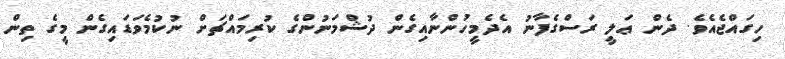
ހިގައްޖެއެވެ. ދެން ޢަލީ ރަސްގެފާނު އެދެމީހުންނާއިގެން ދުޝްމަނުންގެ ކުރިމައްޗަށް ނުކުމެވަޑައިގެން މީގެ ތިން